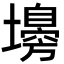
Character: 𡒳